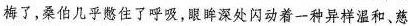
梅了，桑伯几乎憋住了呼吸，眼眸深处闪动着一种异样温和、慈